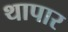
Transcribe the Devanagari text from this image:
थापार